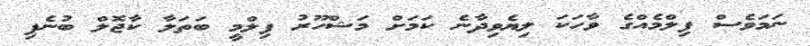
ނަމަވެސް ފިލްމެއްގެ ވާހަކަ ލިޔެވިދާނެ ކަމަށް މަޝްހޫރު ފިލްމީ ބަތަލާ ކާޖޮލް ބުނެފި